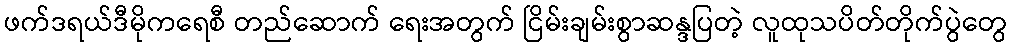
ဖက်ဒရယ်ဒီမိုကရေစီ တည်ဆောက် ရေးအတွက် ငြိမ်းချမ်းစွာဆန္ဒပြတဲ့ လူထုသပိတ်တိုက်ပွဲတွေ